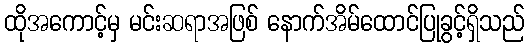
ထိုအကောင့်မှ မင်းဆရာအဖြစ် နောက်အိမ်ထောင်ပြုခွင့်ရှိသည်